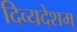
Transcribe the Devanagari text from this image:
दिव्यदेशम्